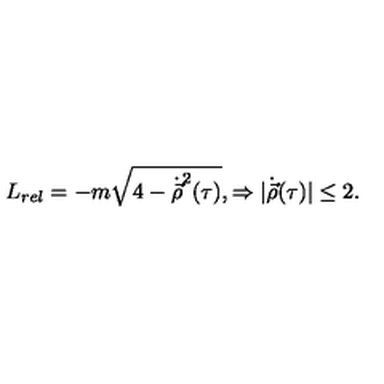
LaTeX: L _ { r e l } = - m \sqrt { 4 - \dot { \vec { \rho } } ^ { 2 } ( \tau ) } , \Rightarrow | { \dot { \vec { \rho } } } ( \tau ) | \leq 2 .